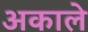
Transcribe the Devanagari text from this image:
अकाले